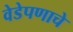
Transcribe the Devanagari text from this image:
वेडेपणाचे